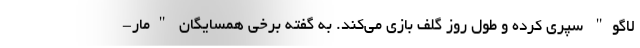
لاگو" سپری کرده و طول روز گلف بازی می‌کند. به گفته برخی همسایگان "مار-